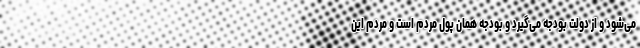
می‌شود و از دولت بودجه می‌گیرد و بودجه همان پول مردم است و مردم این